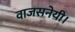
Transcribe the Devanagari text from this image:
वाजसनेयी।